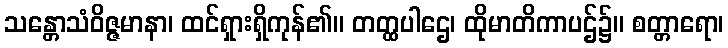
သန္တောသံဝိဇ္ဇမာနာ၊ ထင်ရှားရှိကုန်၏။ တတ္ထပါဌေ၊ ထိုမာတိကာပဌ်၌။ စတ္တာရော၊